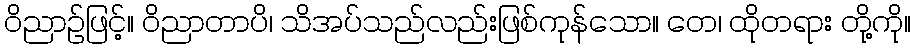
ဝိညာဉ်ဖြင့်။ ဝိညာတာပိ၊ သိအပ်သည်လည်းဖြစ်ကုန်သော။ တေ၊ ထိုတရား တို့ကို။